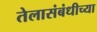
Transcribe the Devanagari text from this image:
तेलासंबंधीच्या